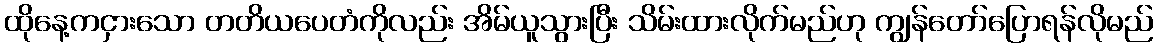
ထိုနေ့ကငှားသော တတိယပေတံကိုလည်း အိမ်ယူသွားပြီး သိမ်းထားလိုက်မည်ဟု ကျွန်တော်ပြောရန်လိုမည်